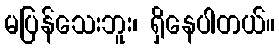
မပြန်သေးဘူး၊ ရှိနေပါတယ်။